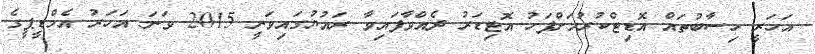
އަހަރީ ހިސާބުތައް އޮޑިޓްކުރުމަށްފަހު އޮޓިޑަރު ދެއްވާފައިވާ ރައުޔުގައިވަނީ 2015 ވަނަ އަހަރު އެމްޑީޕީގެ